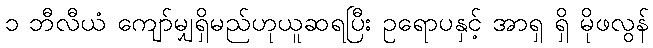
၁ ဘီလီယံ ကျော်မျှရှိမည်ဟုယူဆရပြီး ဥရောပနှင့် အာရှ ရှိ မိုဖလွန်